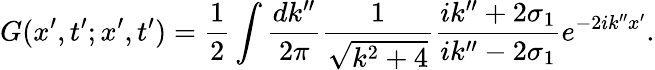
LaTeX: G(x^{\prime},t^{\prime};x^{\prime},t^{\prime})=\frac{1}{2}\int\frac{dk^{\prime\prime}}{2\pi}\frac{1}{\sqrt{k^{2}+4}}\frac{ik^{\prime\prime}+2\sigma_{1}}{ik^{\prime\prime}-2\sigma_{1}}e^{-2ik^{\prime\prime}x^{\prime}}.